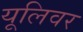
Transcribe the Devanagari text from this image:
यूलिवर